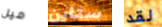
ميل ستاين لقد